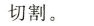
切割。